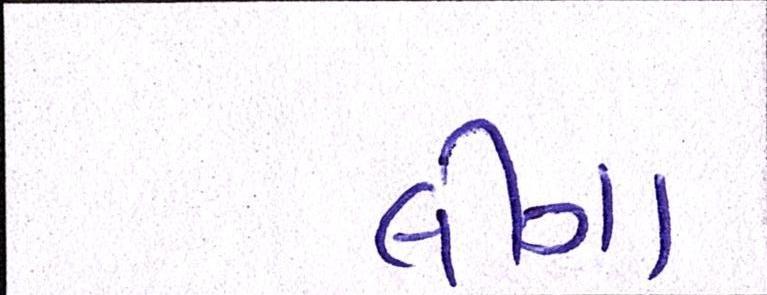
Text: લીગા